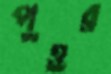
পুওর